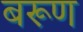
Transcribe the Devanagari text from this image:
बरूण